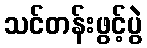
သင်တန်းဖွင့်ပွဲ